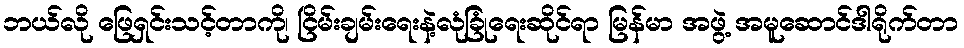
ဘယ်လို ဖြေရှင်းသင့်တာကို၊ ငြိမ်းချမ်းရေးနဲ့လုံခြုံရေးဆိုင်ရာ မြန်မာ အဖွဲ့ အမူဆောင်ဒါရိုက်တာ